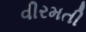
વીરમતી